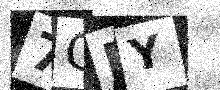
Text: 7CDY